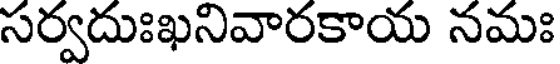
సర్వదుఃఖనివారకాయ నమః